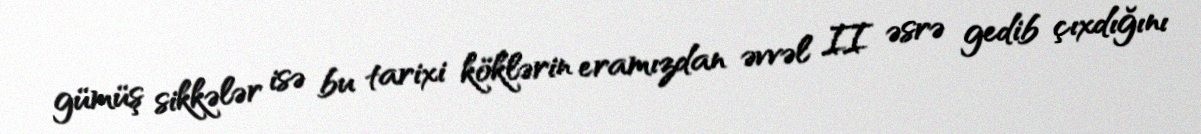
gümüş sikkələr isə bu tarixi köklərin eramızdan əvvəl II əsrə gedib çıxdığını